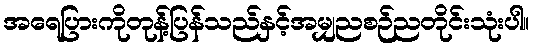
အရေပြားကိုတုန့်ပြန်သည်နှင့်အမျှညစဉ်ညတိုင်းသုံးပါ။